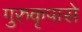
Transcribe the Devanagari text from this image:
गुरुकृपासे